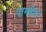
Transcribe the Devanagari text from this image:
पामहैबा